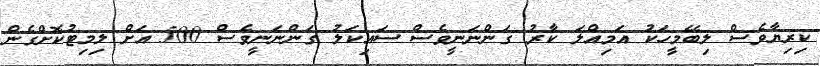
ކިރިޔާވެސް ލިބޭމީހަކު އަމިއްލަ ކާރު ގަންނަނީވެސް ސައިކަލު ގަންނަނީވެސް 500 އަށް ލިމިޓުކޮށްގެން